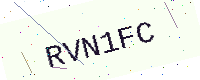
Text: RVN1FC